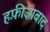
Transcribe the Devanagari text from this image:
हफ़ीज़ाबाद